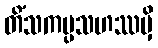
တိံသကပ္ပသဟဿမှိ